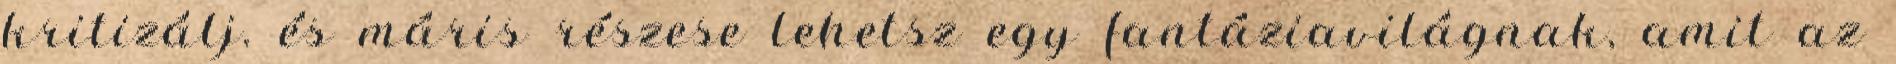
kritizálj. és máris részese lehetsz egy fantáziavilágnak, amit az